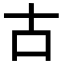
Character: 古